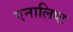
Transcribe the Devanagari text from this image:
एनालिष्ट